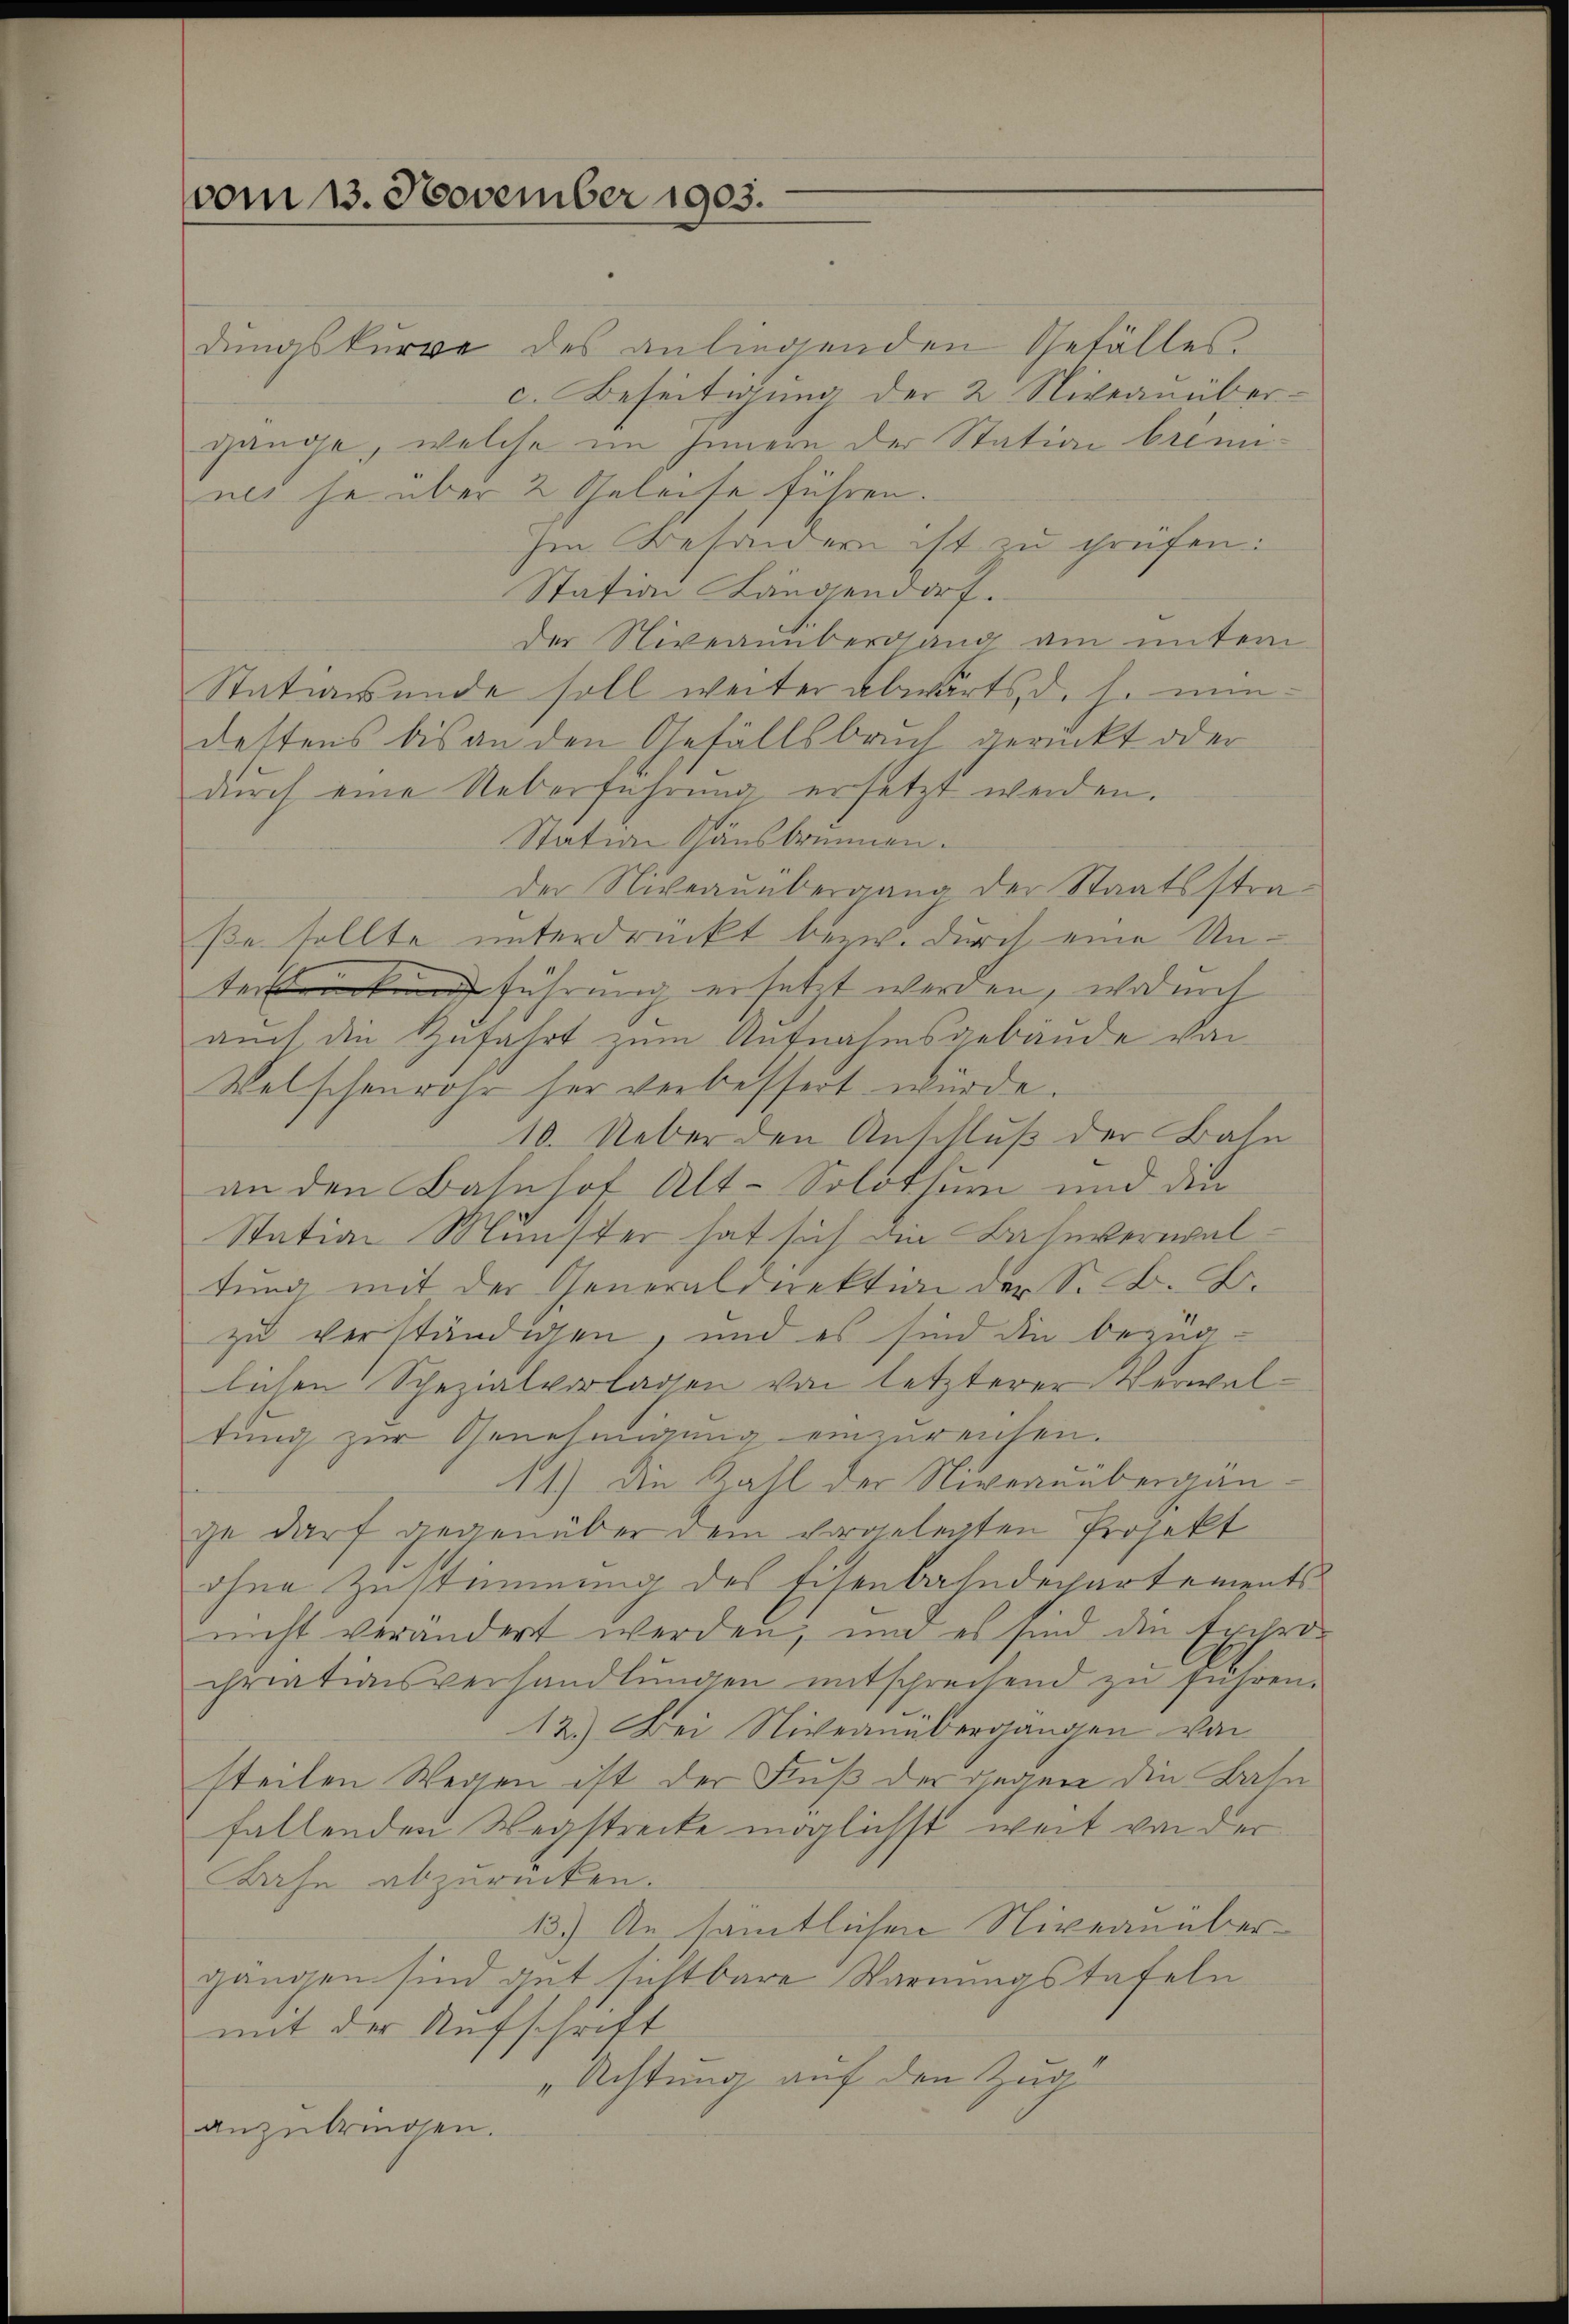
vom 13. November 1903.

dungskurve des anliegenden Gefälles.
c. Beseitigung der 2 Niveanübergänge, welche im Innern der Station brennnes ja über 2 Geleise führen.
hm Besondern ist zu prüfen:
Station Längendorf.
der Niveauübergang am untern
Stationende soll weiter abwärts, d. h. nundestens bis an den Gefällsbruch gerückt oder
durch eine Ueberführung ersetzt werden.
Station Gänsbrunnen.
der Niveauübergang der Staatsstraße sollte unterdruckt bewidurch eine Unterkung führung ersetzt werden, wodurch
auch die Zufahrt zum Aufnahmsgebäude von
Welschenrohr her verbessert würde.
10. Ueber den Anschluß der Bahn
an den Bahnhof Alt-Solothur und die
Station Münster hat sich die Bahnverwaltung mit der Generaldirektion der S. B. L.
zu verständigen, und es sind die bezuglichen Spezialvorlagen von letzterer Verwaltung zur Genehmigung einzurenten.
11.) Die Zahl der Niveauübergänge darf gegenüber dem vorgelegten Projekt
ohne Zustimmung des Eisenbahndepartements
nicht verändert werden, um er sind die Exchro-
chriationsverhandlŭngen entschreisend zu führen.
12.) Bei Niveauübergängen von
steilen Wegen ist der Fuß der gegen die Bahn
fallenden Wegstrecke möglichst weit von der
Bahn abzurücken.
13.) An sämtlichen Niveanübergangen sind gut sichtbare Warnungstafeln
mit der Aufschrift
„Achtung auf den Zugl
anzubringen.